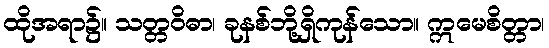
ထိုအရာ၌။ သတ္တဝိဓာ၊ ခုနစ်ဘို့ရှိကုန်သော။ ဣမေစိတ္တာ၊